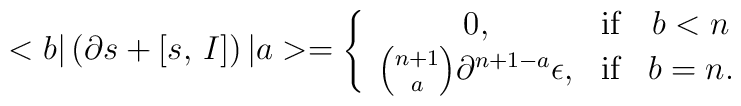
<b| \left ( \partial s +\left [ s,\, I \right ] \right ) | a >= \left\{ \begin{array}{ccc}0, & \hbox{if} & b<n \\{n+1 \choose a} \partial^{n+1-a} \epsilon,  & \hbox{if} & b=n.\end{array} \right.